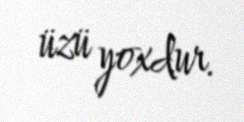
üzü yoxdur.